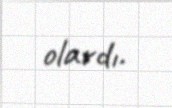
olardı.